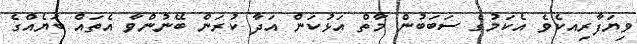
ވިޔަފާރިއކެވެ އެކަމުގެ ސަބަބުން މާތް އަޅުކަން އަދާ ކުރަން ބޭނުންވާ އެތައް ބަޔެއްގެ